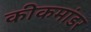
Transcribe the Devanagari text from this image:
कीकमांडर